Lunatic asylums in Bengal annual reports 1899-1911 - 1899-1911
Year: 1899
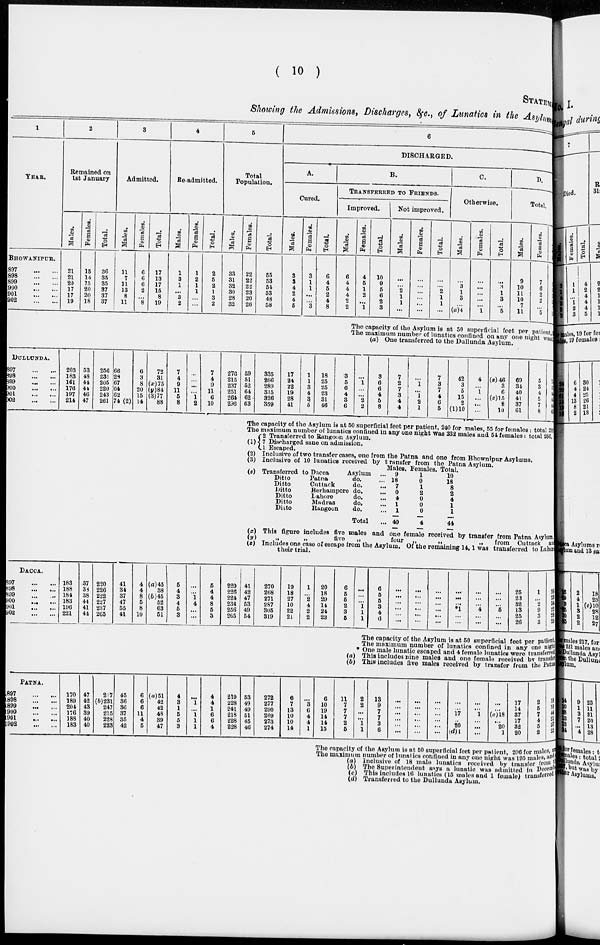
( 10 )
STATEMENT
Showing the Admissions, Discharges, &c., of Lunatics in the Asylum
1
YEAR.
BHOWANIPUR.
1897
...
...
1898
...
...
1899
...
...
1900
...
...
1901
...
...
1902
...
...
2
Remained on
1st January
Males.
21
21
20
17
17
19
Females.
15
14
15
20
20
18
Total.
36
35
35
37
37
37
3
Admitted.
Males.
11
7
11
13
8
11
Females.
6
6
6
2
...
8
Total.
17
13
17
15
8
19
4
Re-admitted.
Males.
1
3
1
...
3
2
Females.
1
2
1
1
...
...
Total.
2
5
2
1
3
2
5
Total
Population.
Males.
33
31
32
30
28
32
Females.
22
22
22
23
20
26
Total.
55
53
54
53
48
58
6
DISCHARGED.
A.
Cured.
Males.
3
3
4
2
4
5
Females.
3
1
1
...
...
3
Total.
6
4
5
2
4
8
B.
TRANSFERRED TO FRIENDS.
Improved.
Males.
6
4
4
4
2
2
Females.
4
5
1
2
...
1
Total.
10
9
5
6
2
3
Not improved.
Males.
...
...
2
1
1
...
Females.
...
...
...
...
...
...
Total.
...
...
2
1
1
...
C.
Otherwise.
Males.
...
3
1
3
...
(a)4
Females.
...
...
...
...
...
1
Total.
...
3
1
3
...
5
D.
Total.
Males.
9
10
11
10
7
11
Females.
7
6
2
2
...
5
Total.
16
16
13
12
7
16
The capacity of the Asylum is at 50 superficial feet per patient,
The maximum number of lunatics confined on any one night was
(a) One transferred to the Dullunda Asylum.
DULLUNDA.
1897
...
...
1898
...
...
1899
...
...
1900
...
...
1901
...
...
1902
...
...
203
183
161
176
197
214
53
48
44
44
46
47
256
231
205
220
243
261
66
28
67
64
62
74 (2)
6
3
8
20
15
14
72
31
(x)75
(y)84
(3)77
88
7
4
9
11
5
8
...
...
...
...
1
2
7
4
9
11
6
10
276
215
237
251
264
296
59
51
52
64
62
63
335
266
289
315
326
359
17
24
22
19
28
41
1
1
3
4
3
5
18
25
25
23
31
46
3
5
6
4
3
6
...
1
...
...
2
2
3
6
6
4
5
8
7
2
7
3
4
4
...
1
...
1
2
1
7
3
7
4
6
5
42
3
5
15
2
(1)10
4
...
1
...
...
...
(s)46
3
6
(z)15
2
10
69
34
40
41
37
61
5
3
4
5
7
8
74
37
44
46
44
69
The capacity of the Asylum is at 50 superficial feet per patient, 240 for males, 55 for females: total 295
The maximum number of lunatics confined in any one night was 232 males and 54 females: total 286.
(1)
(2)
(3)
2 Transferred to Rangoon Asylum.
7 Discharged sane on admission.
1 Escaped.
Inclusive of two transfer cases, one from the Patna and one from Bhownipur Asylums.
Inclusive of 10 lunatics received by transfer from the Patna Asylum.
(s) Transferred to Dacca
Asylum ...
Ditto
Patna
do. ...
Ditto
Cuttack
do. ...
Ditto
Berhampore do. ...
Ditto
Lahore
do. ...
Ditto
Madras
do. ...
Ditto
Rangoon
do. ...
Total ...
Males.
9
18
7
0
4
1
1
40
Females.
1
0
1
2
0
0
0
4
Total.
10
18
8
2
4
1
1
44
(x) This figure includes five males and one female received by transfer from Patna Asylum.
(y)
„
„
five
„
four „
„
„
from Cuttack and
(z) Includes one case of escape from the Asylum. Of the remaining 14, 1 was transferred to Lahore
their trial.
DACCA.
1897
...
...
1898
...
...
1899 ... ...
1900 ... ...
1901
...
...
1902
...
...
183
188
184
183
196
221
37
38
38
44
41
44
220
226
222
227
237
265
41
34
37
47
55
41
4
4
8
5
8
10
(a) 45
38
(b)45
52
63
51
5
4
3
4
5
3
...
...
1 4
...
...
5
4
4
8
5
3
229
226
224
234
256
265
41
42
47
53
49
54
270
268
271
287
305
319
19
18
27
10
22
21
1
...
2
4
2
2
20
18
29
14
24
23
6
5
5
2
3
5
...
...
...
1
1
1
6
5
5
3
4
6
...
...
...
...
...
...
...
...
...
...
...
...
...
...
...
...
...
...
...
...
...
*1
...
...
...
...
...
4
...
...
...
...
...
5
...
...
25
23
32
13
25
26
1
...
2
9
3
3
26
23
34
22
28
22
The capacity of the Asylum is at 50 superficial feet per patient
The maximum number of lunatics confined in any one night
* One male lunatic escaped and 4 female lunatics were transferred
(a) This includes nine males and one female received by transfer
(b) This includes five males received by transfer from the Patna
PATNA.
1897
...
...
1898
...
...
1899
...
...
1900
...
...
1901 ... ...
1902
...
...
170
189
204
176
188
183
47
42
43
39
40
40
217
(b)231
247
215
228
223
45
36
36
37
35
42
6
6
6
11
4
5
(a)51
42
42
48
39
47
4
3
1
5
5
3
...
1
...
1
1
1
4
4
1
6
6
4
219
228
241
218
228
228
53
49
49
51
45
46
272
277
290
269
273
274
6
7
13
10
10
14
...
3
6
4
4
1
6
10
19
14
14
15
11
7
7
7
2
5
2
2
...
...
1
1
13
9
7
7
3
6
...
...
...
...
...
...
...
...
...
...
...
...
...
...
...
...
...
...
...
...
17
...
20
(d) 1
...
...
1
...
...
...
...
...
(c)18 ...
20
1
17
14
37
17
32
20
2
5
7
4
5
2
19
19
44 21
37
22
The capacity of the Asylum is at 50 superficial feet per patient, 206 for males, and
The maximum number of lunatics confined in any one night was 195 males, and
(a) Inclusive of 18 male lunatics received by transfer from
(b) The Superintendent says a lunatic was admitted in December
(c) This includes 16 lunatics (15 males and 1 female) transferred
(d) Transferred to the Dullunda Asylum.